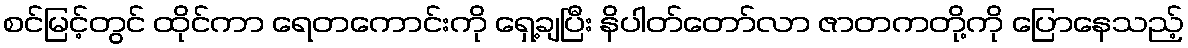
စင်မြင့်တွင် ထိုင်ကာ ရေတကောင်းကို ရှေ့ချပြီး နိပါတ်တော်လာ ဇာတကတို့ကို ပြောနေသည့်